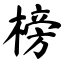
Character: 榜